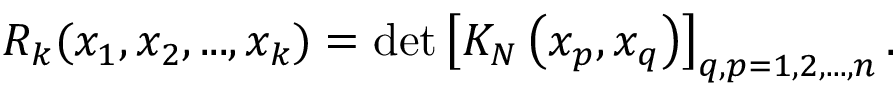
R _ { k } ( x _ { 1 } , x _ { 2 } , . . . , x _ { k } ) = \operatorname * { d e t } \left[ K _ { N } \left( x _ { p } , x _ { q } \right) \right] _ { q , p = 1 , 2 , . . . , n } .